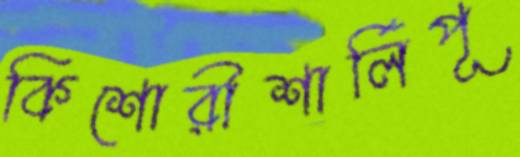
কিশোরীশার্লিপূ